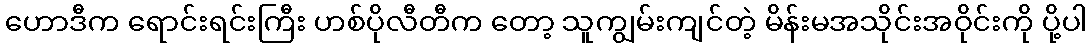
ဟောဒီက ရောင်းရင်းကြီး ဟစ်ပိုလီတီက တော့ သူကျွမ်းကျင်တဲ့ မိန်းမအသိုင်းအဝိုင်းကို ပို့ပါ